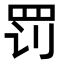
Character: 罚